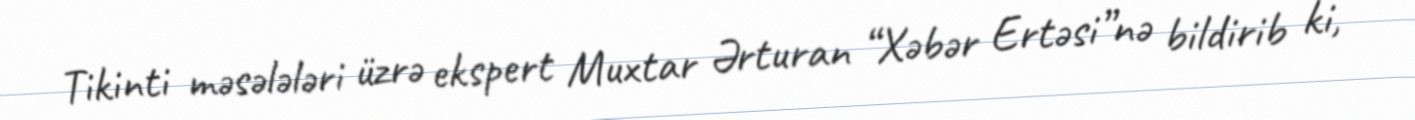
Tikinti məsələləri üzrə ekspert Muxtar Ərturan “Xəbər Ertəsi”nə bildirib ki,